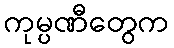
ကုမ္ပဏီတွေက